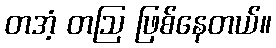
တအံ့ တဩ ဖြစ်နေတယ်။